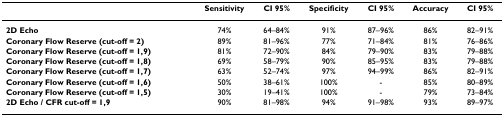
<table><thead><tr><td></td><td><b>Sensitivity</b></td><td><b>CI 95%</b></td><td><b>Specificity</b></td><td><b>CI 95%</b></td><td><b>Accuracy</b></td><td><b>CI 95%</b></td></tr></thead><tbody><tr><td><b>2D Echo</b></td><td>74%</td><td>64–84%</td><td>91%</td><td>87–96%</td><td>86%</td><td>82–91%</td></tr><tr><td><b>Coronary Flow Reserve (cut-off = 2)</b></td><td>89%</td><td>81–96%</td><td>77%</td><td>71–84%</td><td>81%</td><td>76–86%</td></tr><tr><td><b>Coronary Flow Reserve (cut-off = 1,9)</b></td><td>81%</td><td>72–90%</td><td>84%</td><td>79–90%</td><td>83%</td><td>79–88%</td></tr><tr><td><b>Coronary Flow Reserve (cut-off = 1,8)</b></td><td>69%</td><td>58–79%</td><td>90%</td><td>85–95%</td><td>83%</td><td>79–88%</td></tr><tr><td><b>Coronary Flow Reserve (cut-off = 1,7)</b></td><td>63%</td><td>52–74%</td><td>97%</td><td>94–99%</td><td>86%</td><td>82–91%</td></tr><tr><td><b>Coronary Flow Reserve (cut-off = 1,6)</b></td><td>50%</td><td>38–61%</td><td>100%</td><td>-</td><td>85%</td><td>80–89%</td></tr><tr><td><b>Coronary Flow Reserve (cut-off = 1,5)</b></td><td>30%</td><td>19–41%</td><td>100%</td><td>-</td><td>79%</td><td>73–84%</td></tr><tr><td><b>2D Echo / CFR cut-off = 1,9 </b></td><td>90%</td><td>81–98%</td><td>94%</td><td>91–98%</td><td>93%</td><td>89–97%</td></tr></tbody></table>